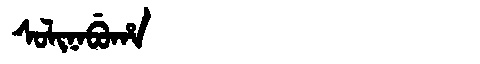
Manchu: ᠰᠣᠯᡳᠨᠠᠪᡠᡥᠠ
Romanization: SOLINABUHA